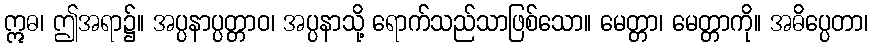
ဣဓ၊ ဤအရာ၌။ အပ္ပနာပ္ပတ္တာဝ၊ အပ္ပနာသို့ ရောက်သည်သာဖြစ်သော။ မေတ္တာ၊ မေတ္တာကို။ အဓိပ္ပေတာ၊